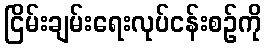
ငြိမ်းချမ်းရေးလုပ်ငန်းစဉ်ကို